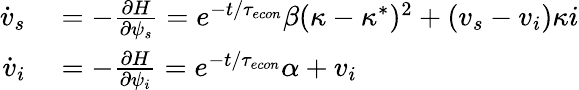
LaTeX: \begin{array}{rl}{\dot{v}_{s}}&{{}=-\frac{\partial H}{\partial\psi_{s}}=e^{-t/{\tau_{econ}}}\beta(\kappa-\kappa^{*})^{2}+(v_{s}-v_{i})\kappa i}\\ {\dot{v}_{i}}&{{}=-\frac{\partial H}{\partial\psi_{i}}=e^{-t/{\tau_{econ}}}\alpha+v_{i}}\end{array}